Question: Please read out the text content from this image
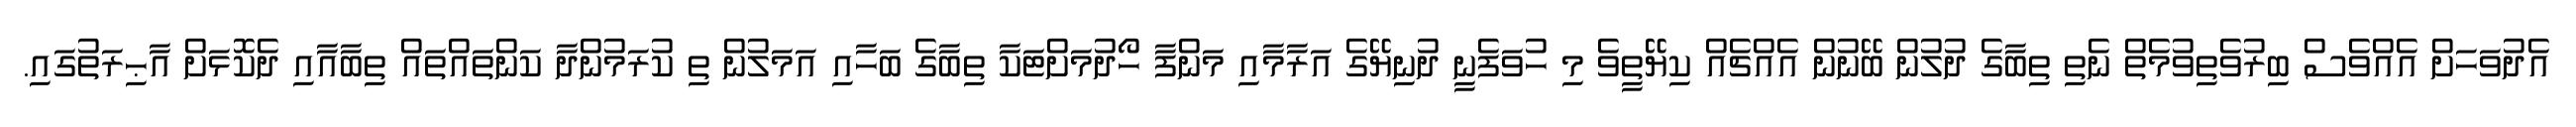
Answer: އެދުވަހަށް އެއްވެސް ބިރުވެތިވުމެތް ނެތި ތިބާގެ ދުލުން ބޭނުން އެއްޗެއް ކިޔޭތީވެ މި ހުވަފެނީ ދުނިޔޭގެ އަރާމާއި މަންފާ ހޯދުމަށްޓަކާ ތިބާގެ ބަހާއި އަމަލުން ތި ކުރަމުންދާ ކަންތައްތައް ތިބާއާއި ދެކޮޅަށް އާޙިރަތުގައި.